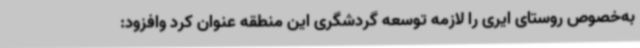
به‌خصوص روستای ایری را لازمه توسعه گردشگری این منطقه عنوان کرد وافزود: